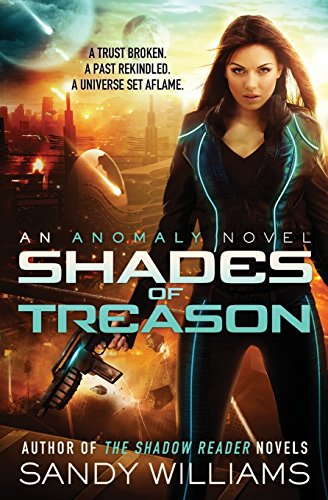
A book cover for Shades of Treason (An Anomaly Novel) (Volume 1); Sandy Williams; Romance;